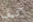
كيف